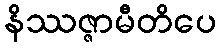
နိဿဇ္ဇာမီတိပေ